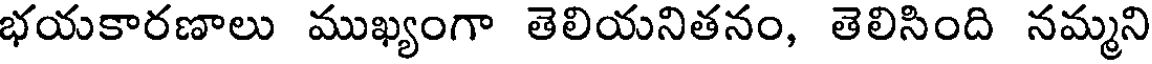
భయకారణాలు ముఖ్యంగా తెలియనితనం, తెలిసింది నమ్మని